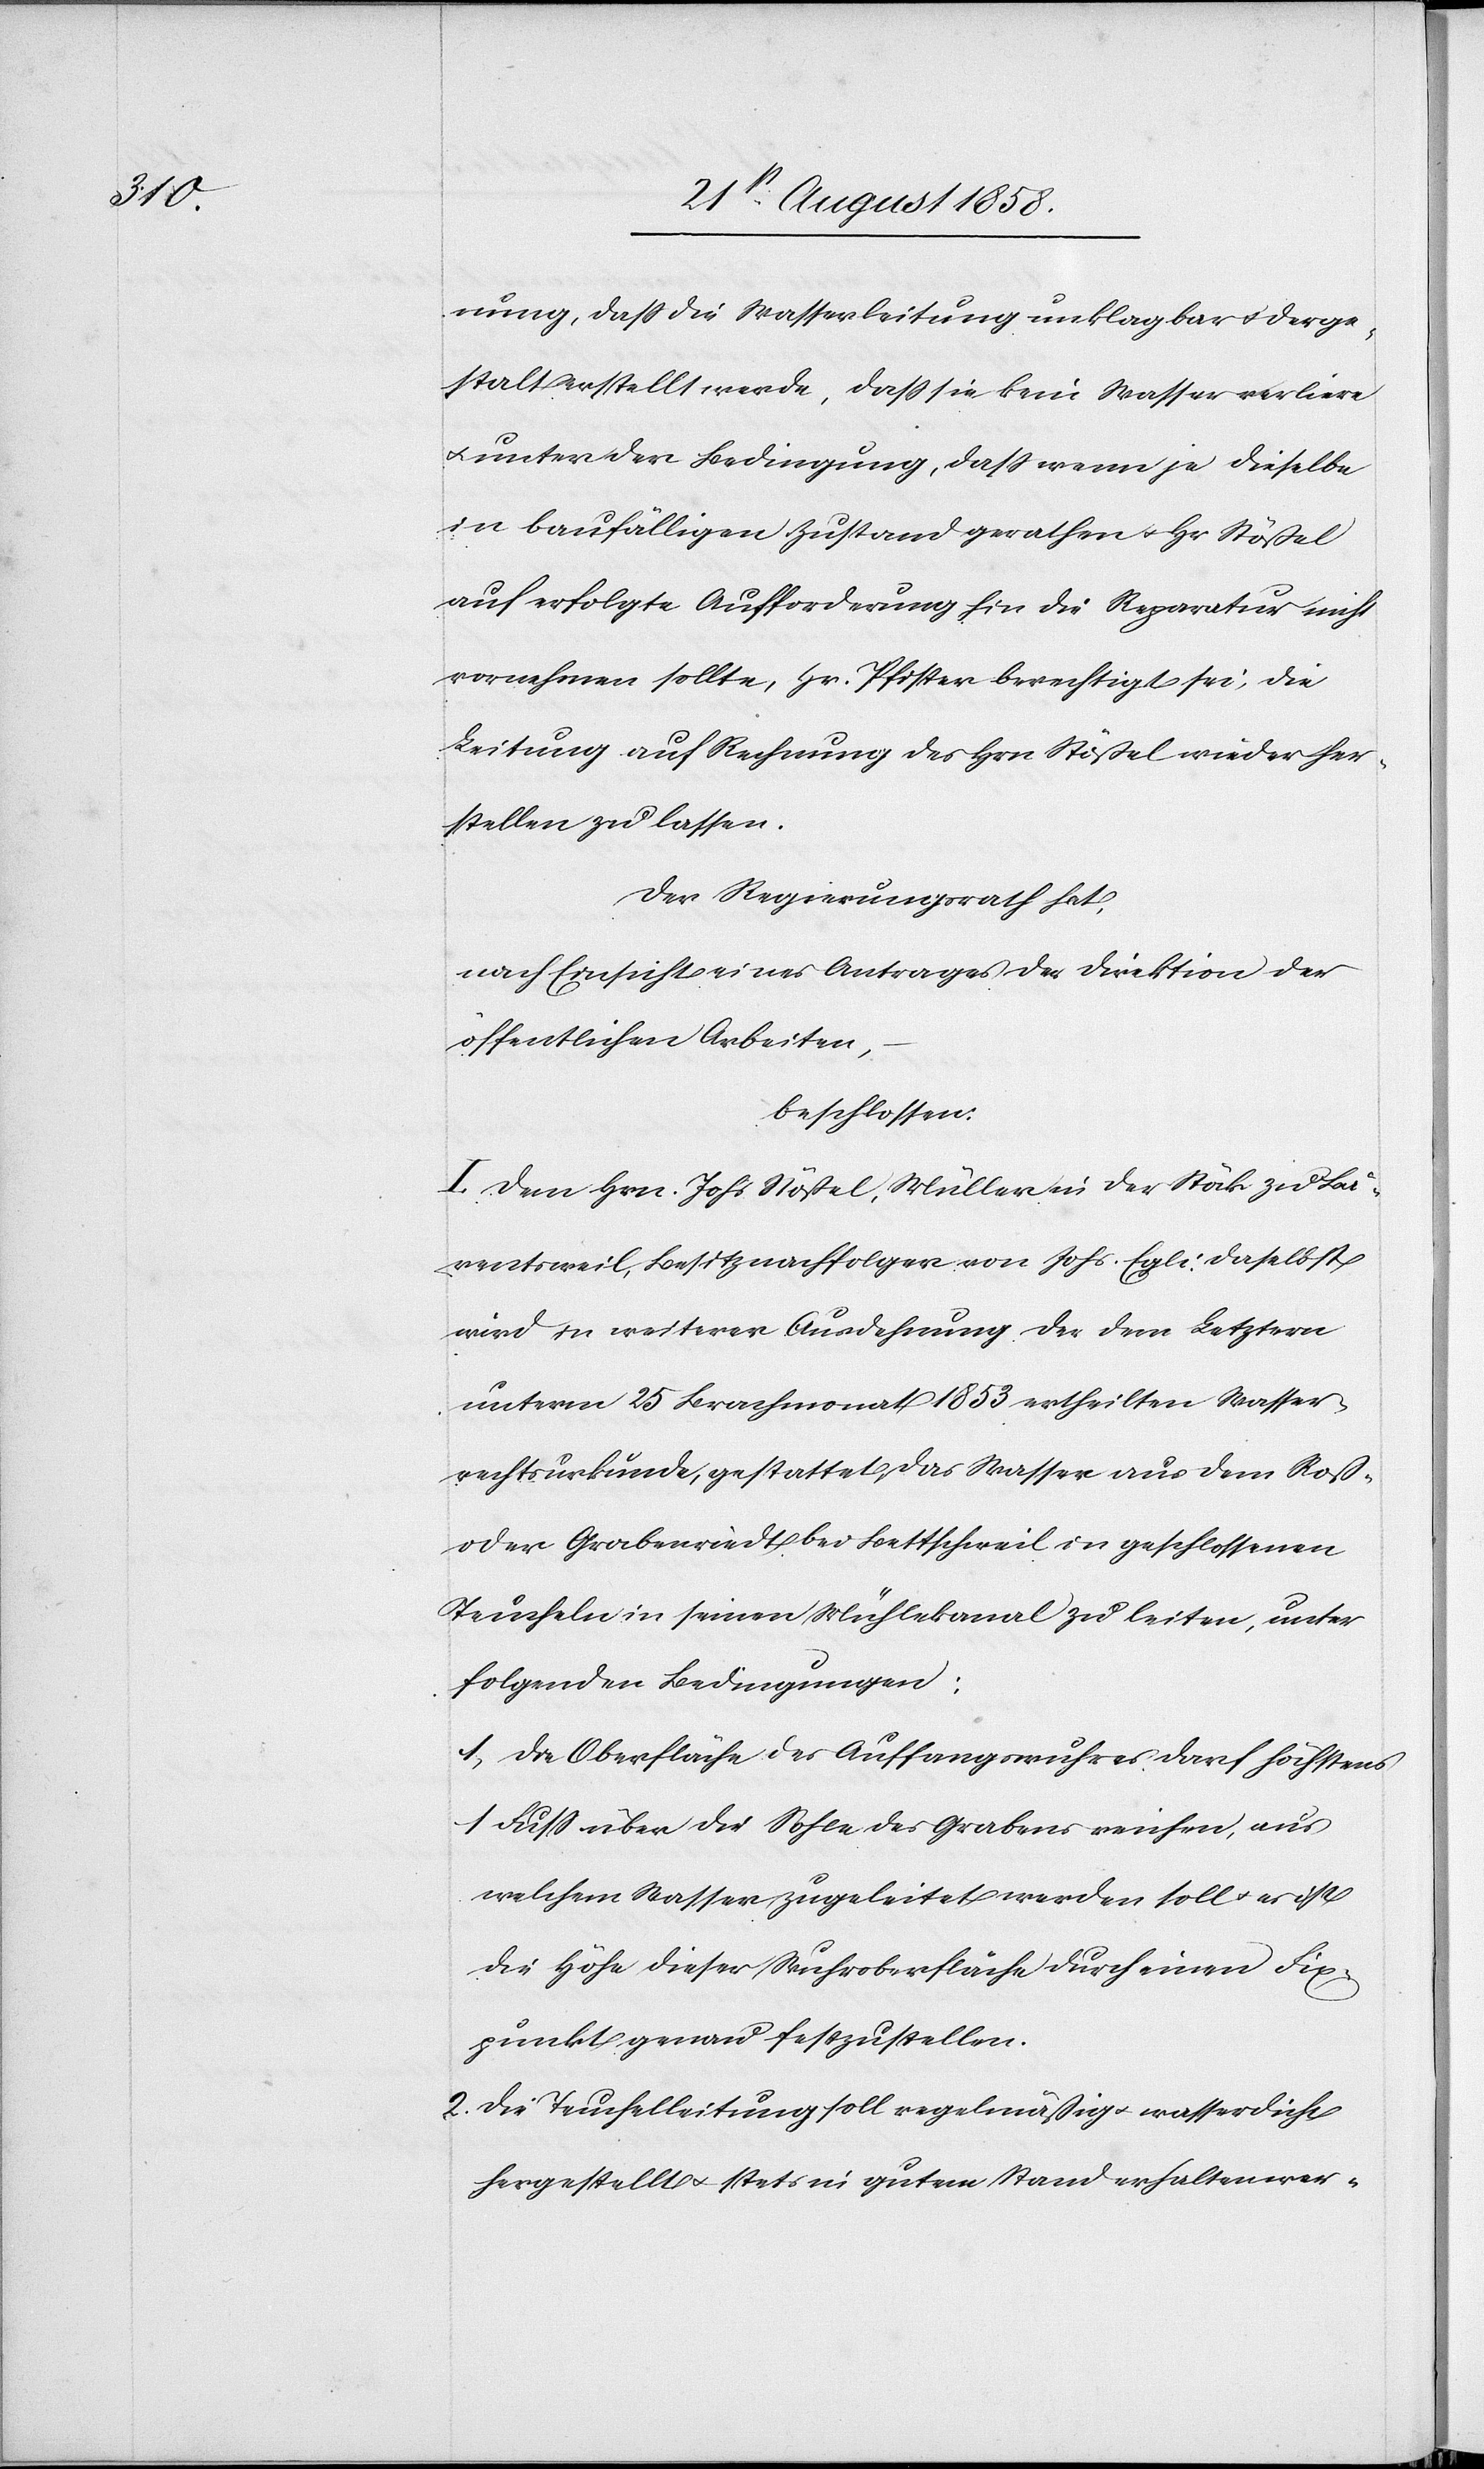
nung, dass die Wasserleitung unklagbar & derge¬
stalt erstellt werde, dass sie kein Wasser verliere
1.
& unter der Bedingung, dass wenn je dieselbe
in baufälligen Zustand gerathen & Hr. Stößel
auf erfolgte Aufforderung hin die Reparatur nicht
vornehmen sollte, Hr. Pfister berechtigt sei, die
Leitung auf Rechnung des Hrn. Stößel wieder her¬
stellen zu lassen.
Der Regierungsrath hat,
nach Einsicht eines Antrages der Direktion der
öffentlichen Arbeiten,
beschlossen:
I. Dem Hrn. Johs. Stößel, Müller in der Stöck zu Bä¬
rentsweil, Besitznachfolger von Johs. Egli daselbst
wird in weiterer Ausdehnung der dem Letztern
unterm 25 Brachmonat 1853 ertheilten Wasser¬
rechtsurkunde, gestattet, das Wasser aus dem Roß-
oder Grabenriedt bei Bettschweil in geschlossenen
Teucheln in seinen Mühlekanal zu leiten, unter
folgenden Bedingungen:
Die Oberfläche des Auffangswuhres darf höchstens
1 Fuss über die Sohle des Grabens reichen, aus
welchem Wasser zugeleitet werden soll & es ist
die Höhe dieser Wuhroberfläche durch einen Fix¬
punkt genau festzustellen.
Die Teuchelleitung soll regelmäßig & wasserdicht
hergestellt & stets in gutem Stand erhalten wer-